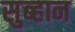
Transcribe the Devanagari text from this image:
सुब्हान